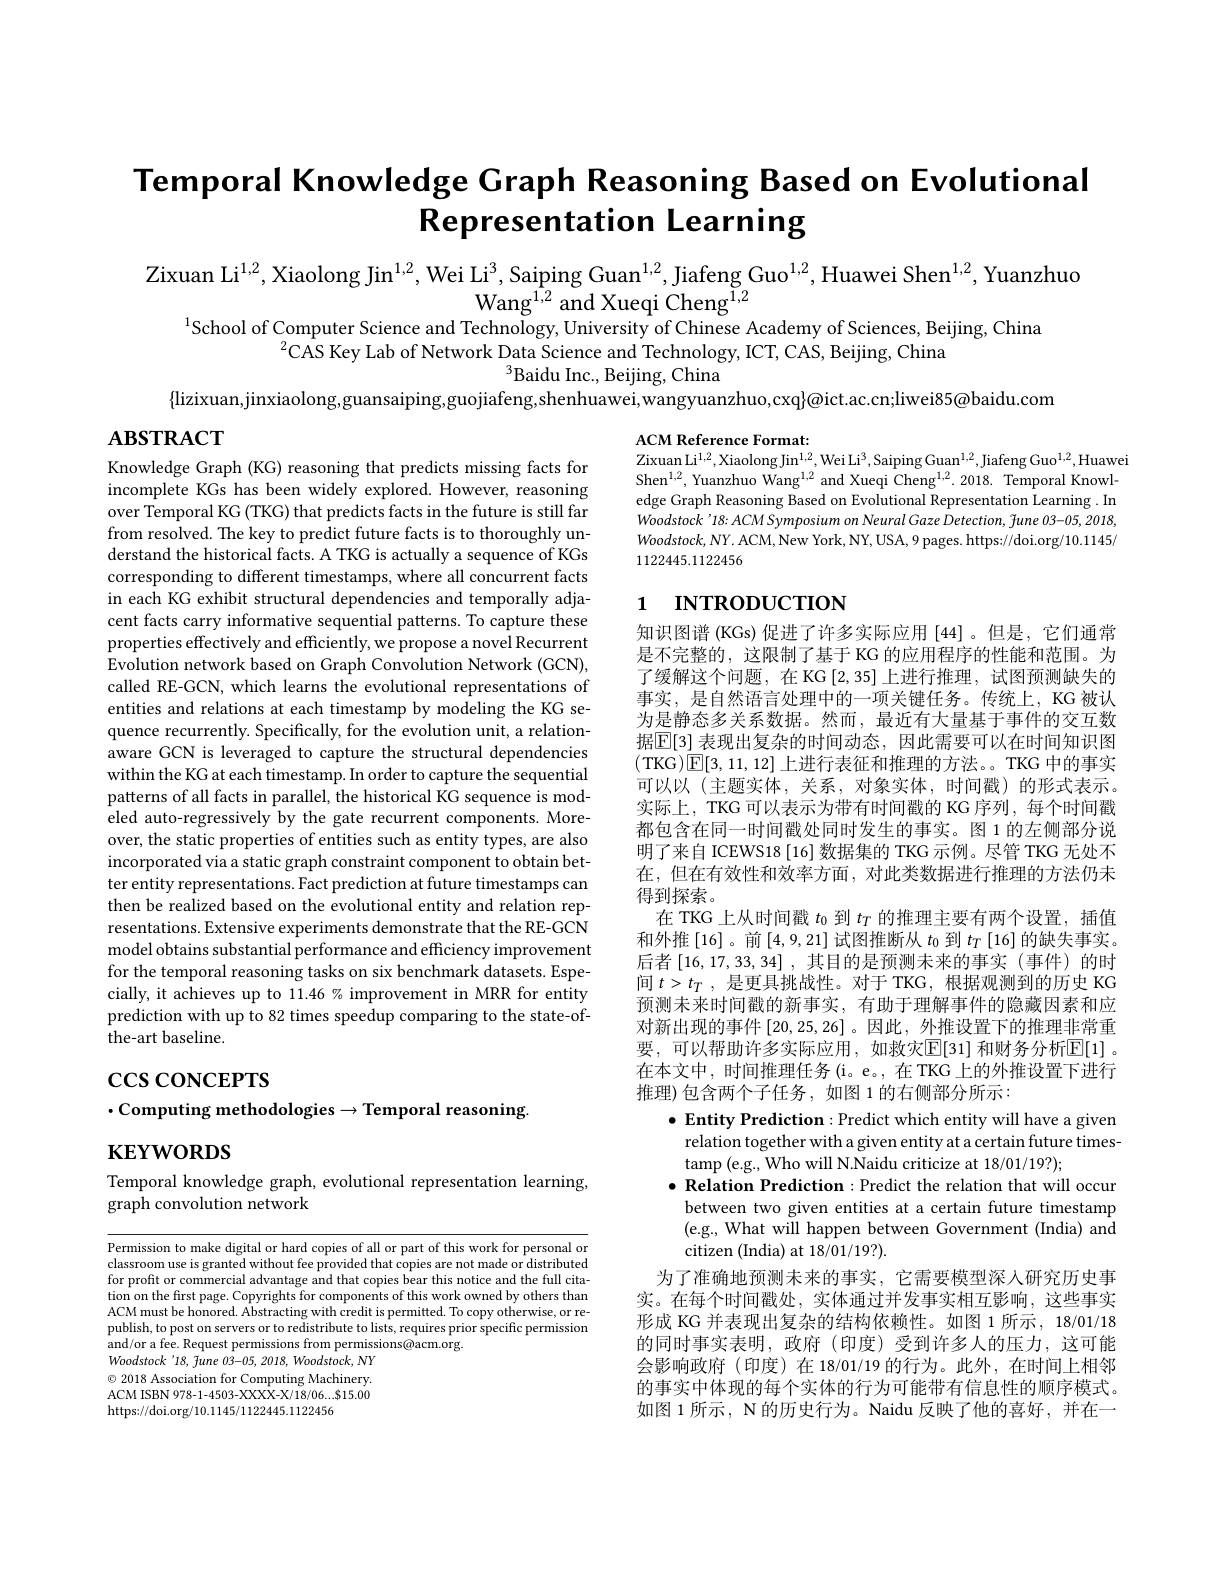
# Temporal Knowledge Graph Reasoning Based on Evolutional Representation Learning

Zixuan Li$^{1,2}$, Xiaolong Jin$^{1,2}$, Wei Li$^3$, Saiping Guan$^{1,2}$, Jiafeng Guo$^{1,2}$, Huawei Shen$^{1,2}$, Yuanzhuo
$\mathrm{Wang}^{1,2}$and Xueqi Cheng$^{1,2}$
$^{1}$School of Computer Science and Technology, University of Chinese Academy of Sciences, Beijing, China

$^{2}\bar{\text{CAS Key Lab of Network Data Science and Technology, ICT, CAS, Beijing, China}}$
$^{3}$Baidu Inc., Beijing, China
$\{$lizixuan,jinxiaolong,guansaiping,guojiafeng,shenhuawei,wangyuanzhuo,cxq$\}$@ict.ac.cn;liwei85@baidu.com

$\mathbf{ABSTRACT}$

ACM Reference Format:
Zixuan Li$^1,2$,Xiaolong Jin$^1,2$,Wei Li$^3$,Saiping Guan$^1,2$,Jiafeng Guo$^1,2$,Huawei Shen$^{1,2}$, Yuanzhuo Wang$^{1,2}$ and Xueqi Cheng$^1,2.$ 2018. Temporal Knowledge Graph Reasoning Based on Evolutional Representation Learning .In Woodstock'18: ACM Symposium on Neural Gaze Detection, June 03-05, 2018, $Woodstock,NY.$ ACM, New York, NY, USA, 9 pages. https://doi.org/10.1145/ 1122445.1122456

# 1 INTRODUCTION

Knowledge Graph (KG) reasoning that predicts missing facts for incomplete KGs has been widely explored. However, reasoning over Temporal KG (TKG) that predicts facts in the future is still far from resolved. The key to predict future facts is to thoroughly understand the historical facts. A TKG is actually a sequence of KGs corresponding to different timestamps, where all concurrent facts in each KG exhibit structural dependencies and temporally adjacent facts carry informative sequential patterns. To capture these properties effectively and efficiently, we propose a novel Recurrent Evolution network based on Graph Convolution Network (GCN), called RE-GCN, which learns the evolutional representations of entities and relations at each timestamp by modeling the KG sequence recurrently. Specifically, for the evolution unit, a relationaware GCN is leveraged to capture the structural dependencies within the KG at each timestamp. In order to capture the sequential patterns of all facts in parallel, the historical KG sequence is modeled auto-regressively by the gate recurrent components. Moreover, the static properties of entities such as entity types, are also incorporated via a static graph constraint component to obtain better entity representations. Fact prediction at future timestamps can then be realized based on the evolutional entity and relation representations. Extensive experiments demonstrate that the RE-GCN model obtains substantial performance and efficiency improvement for the temporal reasoning tasks on six benchmark datasets. Especially, it achieves up to 11.46% improvement in MRR for entity prediction with up to 82 times speedup comparing to the state-ofthe-art baseline.

知识图谱 (KGs) 促进了许多实际应用[44]。但是，它们通常是不完整的，这限制了基于 KG 的应用程序的性能和范围。为了缓解这个问题，在 KG [2,35]上进行推理，试图预测缺失的事实，是自然语言处理中的一项关键任务。传统上，KG 被认为是静态多关系数据。然而，最近有大量基于事件的交互数据$\mathbb{E}[3]$ 表现出复杂的时间动态，因此需要可以在时间知识图(TKG$)\boxed{\mathrm{E}}[3,11,12]$上进行表征和推理的方法。。TKG 中的事实可以以(主题实体，关系，对象实体，时间戳)的形式表示。实际上，TKG 可以表示为带有时间戳的 KG 序列，每个时间戳都包含在同一时间戳处同时发生的事实。图 1 的左侧部分说明了来自 ICEWS18 [16] 数据集的 TKG 示例。尽管 TKG 无处不在，但在有效性和效率方面，对此类数据进行推理的方法仍未得到探索。
在 TKG 上从时间戳$t_0$到$t_T$的推理主要有两个设置，插值和外推[16]。前[4,9,21]试图推断从 $t_0$ 到 $t_T\left[16\right]$的缺失事实。后者$\left[16,17,33,34\right]$,其目的是预测未来的事实(事件)的时间$t>t_T$,是更具挑战性。对于 TKG, 根据观测到的历史 KG 预测未来时间戳的新事实，有助于理解事件的隐藏因素和应对新出现的事件[20,25,26] 。因此 ,外推设置下的推理非常重要，可以帮助许多实际应用，如救灾$\mathbb{E}[31]$ 和财务分析$\mathbb{E}[1]$ 。在本文中，时间推理任务(i。e。,在TKG 上的外推设置下进行推理)包含两个子任务，如图 1 的右侧部分所示：
$\bullet$ Entity Prediction: Predict which entity will have a given
relation together with a given entity at a certain future times-
tamp (e.g., Who will N.Naidu criticize at 18/01/19?);
$\bullet$ Relation Prediction :Predict the relation that will occur
between two given entities at a certain future timestamp (e.g., What will happen between Government (India) and citizen (India) at 18/01/19?).
为了准确地预测未来的事实，它需要模型深人研究历史事实。在每个时间戳处，实体通过并发事实相互影响，这些事实形成 KG 并表现出复杂的结构依赖性。如图 1 所示，18/01/18的同时事实表明，政府(印度)受到许多人的压力，这可能会影响政府(印度)在18/01/19 的行为。此外，在时间上相邻的事实中体现的每个实体的行为可能带有信息性的顺序模式。如图 1 所示，N 的历史行为。Naidu 反映了他的喜好，并在一

# $\csc\csc$coNCEPTS
$\cdot$Computing methodologies$\to$Temporal reasoning
# $\mathbf{KEYWORDS}$

Temporal knowledge graph, evolutional representation learning,
graph convolution network

Permission to make digital or hard copies of all or part of this work for personal or classroom use is granted without fee provided that copies are not made or distributed for profit or commercial advantage and that copies bear this notice and the full citation on the first page. Copyrights for components of this work owned by others than ACM must be honored. Abstracting with credit is permitted. To copy otherwise, or republish, to post on servers or to redistribute to lists, requires prior specific permission and/or a fee. Request permissions from permissions@acm.org.
Woodstock'18, Tune 03-05, 2018, Woodstock, NY $\textcircled{\circ}$ 2018 Association for Computing Machinery. ACM ISBN 978-1-4503-XXXX-X/18/06...$15.00 https://doi.org/10.1145/1122445.1122456